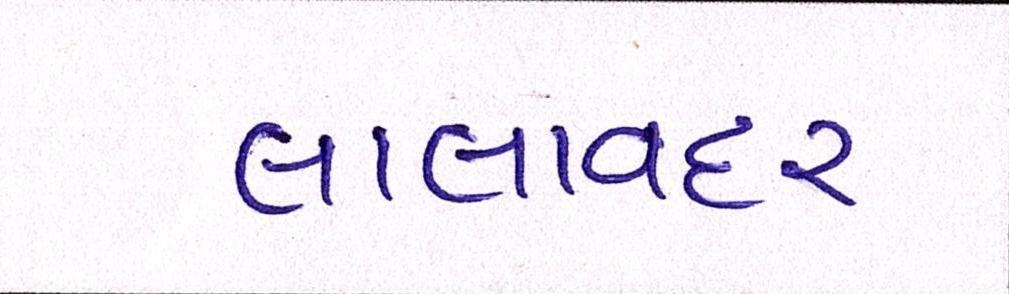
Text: લાલાવદર